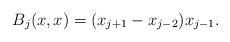
\begin{align*}B_j(x,x) = (x_{j+1} - x_{j-2})x_{j-1}.\end{align*}